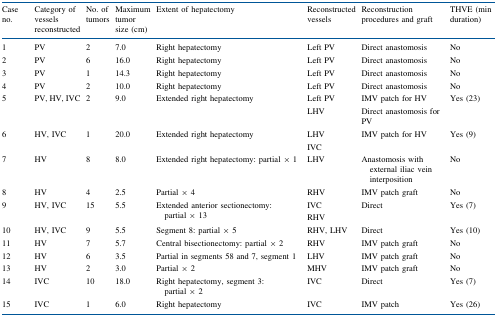
| Case no. | Category of vessels reconstructed | No. of tumors | Maximum tumor size (cm) | Extent of hepatectomy | Reconstructed vessels | Reconstruction procedures and graft | THVE (min duration) |
 | --- | --- | --- | --- | --- | --- | --- | --- |
 | 1 | PV | 2 | 7.0 | Right hepatectomy | Left PV | Direct anastomosis | No |
 | 2 | PV | 6 | 16.0 | Right hepatectomy | Left PV | Direct anastomosis | No |
 | 3 | PV | 1 | 14.3 | Right hepatectomy | Left PV | Direct anastomosis | No |
 | 4 | PV | 2 | 10.0 | Right hepatectomy | Left PV | Direct anastomosis | No |
 | 5 | PV, HV, IVC | 2 | 9.0 | Extended right hepatectomy | Left PVLHV | IMV patch for HVDirect anastomosis for PV | Yes (23) |
 | 6 | HV, IVC | 1 | 20.0 | Extended right hepatectomy | LHVIVC | IMV patch for HV | Yes (9) |
 | 7 | HV | 8 | 8.0 | Extended right hepatectomy: partial × 1 | LHV | Anastomosis with external iliac vein interposition | No |
 | 8 | HV | 4 | 2.5 | Partial × 4 | RHV | IMV patch graft | No |
 | 9 | HV, IVC | 15 | 5.5 | Extended anterior sectionectomy: partial × 13 | IVCRHV | Direct | Yes (7) |
 | 10 | HV, IVC | 9 | 5.5 | Segment 8: partial × 5 | RHV, LHV | Direct | Yes (10) |
 | 11 | HV | 7 | 5.7 | Central bisectionectomy: partial × 2 | RHV | IMV patch graft | No |
 | 12 | HV | 6 | 3.5 | Partial in segments 58 and 7, segment 1 | LHV | IMV patch graft | No |
 | 13 | HV | 2 | 3.0 | Partial × 2 | MHV | IMV patch graft | No |
 | 14 | IVC | 10 | 18.0 | Right hepatectomy, segment 3: partial × 2 | IVC | Direct | Yes (7) |
 | 15 | IVC | 1 | 6.0 | Right hepatectomy | IVC | IMV patch | Yes (26) |